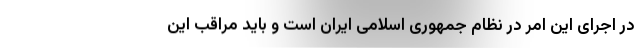
در اجرای این امر در نظام جمهوری اسلامی ایران است و باید مراقب این